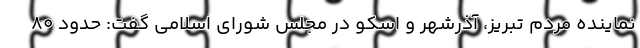
نماینده مردم تبریز، آذرشهر و اسکو در مجلس شورای اسلامی گفت: حدود ۸۰